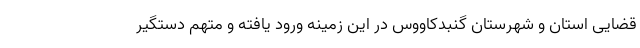
قضایی استان و شهرستان گنبدکاووس در این زمینه ورود یافته و متهم دستگیر